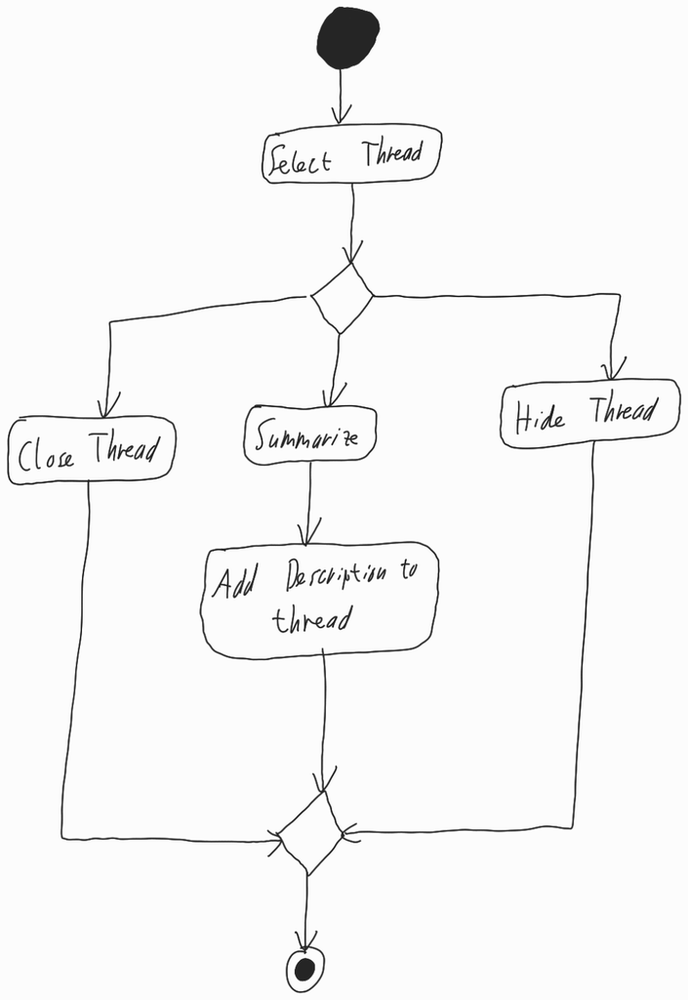
Diagram type: activity_diagram
```plantuml
@startuml

start

:Select Thread;

switch ()
  case ()
  :Close Thread;

  case ()
  :Summarize;
  :Add Description to thread;

  case ()
  :Hide Thread;

endswitch

stop

@enduml
```